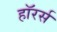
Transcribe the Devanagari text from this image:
हॉरर्स